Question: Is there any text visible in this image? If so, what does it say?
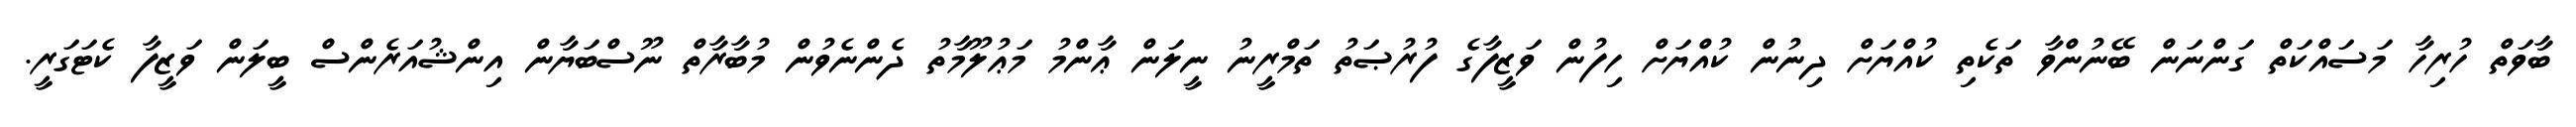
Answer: ބާވަތް ހުރިހާ މަސައްކަތް ގަންނަން ބޭނުންވާ ތަކެތި ކުއްޔަށް ދިނުން ކުއްޔަށް ހިފުން ވަޒީފާގެ ފުރުޞަތު ތަމްރީނު ނީލަން ޢާންމު މަޢުލޫމާތު ދެންނެވުން މުބާރާތް ނޫސްބަޔާން އިންޝުއަރެންސް ބީލަން ވަޒީފާ ކެޓަގަރީ.